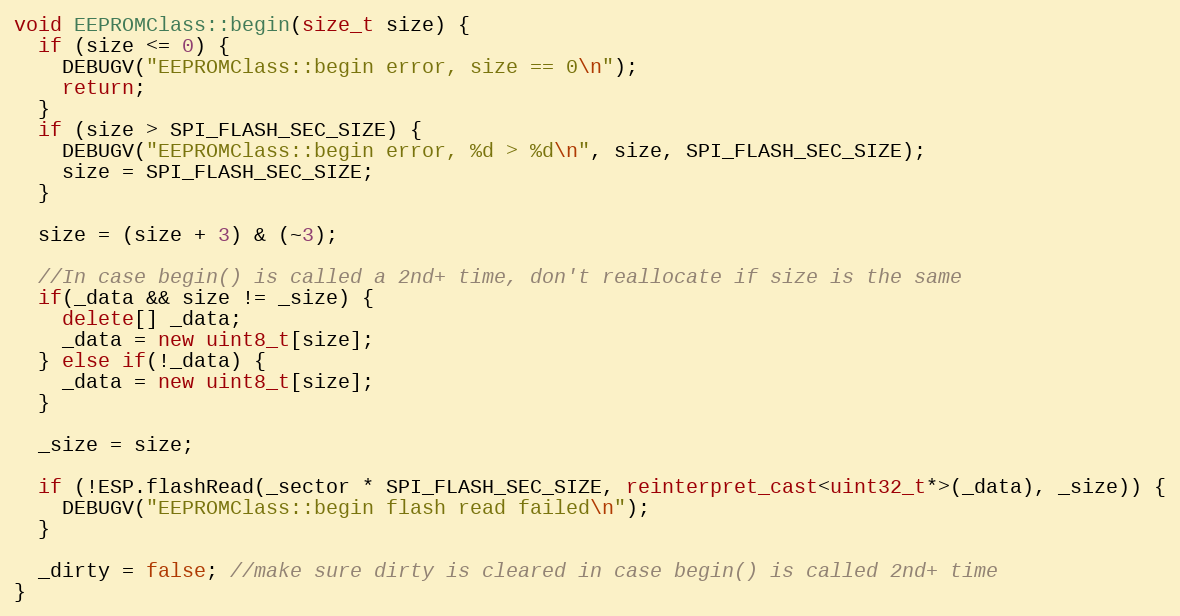
Language: C++
void EEPROMClass::begin(size_t size) {
  if (size <= 0) {
    DEBUGV("EEPROMClass::begin error, size == 0\n");
    return;
  }
  if (size > SPI_FLASH_SEC_SIZE) {
    DEBUGV("EEPROMClass::begin error, %d > %d\n", size, SPI_FLASH_SEC_SIZE);
    size = SPI_FLASH_SEC_SIZE;
  }

  size = (size + 3) & (~3);

  //In case begin() is called a 2nd+ time, don't reallocate if size is the same
  if(_data && size != _size) {
    delete[] _data;
    _data = new uint8_t[size];
  } else if(!_data) {
    _data = new uint8_t[size];
  }

  _size = size;

  if (!ESP.flashRead(_sector * SPI_FLASH_SEC_SIZE, reinterpret_cast<uint32_t*>(_data), _size)) {
    DEBUGV("EEPROMClass::begin flash read failed\n");
  }

  _dirty = false; //make sure dirty is cleared in case begin() is called 2nd+ time
}